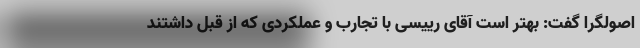
اصولگرا گفت: بهتر است آقای رییسی با تجارب و عملکردی که از قبل داشتند